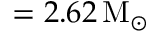
= 2 . 6 2 \, \mathrm { M _ { \odot } }